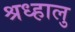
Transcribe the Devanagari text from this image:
श्रध्हालु